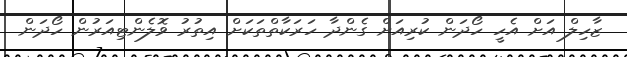
ޒާހިލް އަށް އެހީ ހޯދަން ކުރިއަށް ގެންދާ ހަރަކާތްތަކަށް އިތުރު ވޮލެންޓިއަރުން ހޯދަން